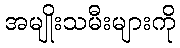
အမျိုးသမီးများကို